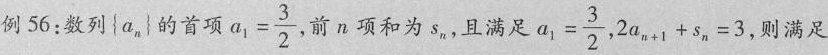
例56：数列{a_{n}}的首项$$a_{1}= \frac{3}{2}$$ 前n项和为s_{n}，且满足 $$a_{1}= \frac{3}{2}$$,$$2a_{n}_{+1}+s_{n}=$$ 3，则满足